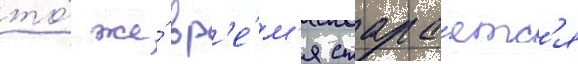
то́ же́ вр'е́м'я стара́етс'я